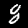
Label: 8